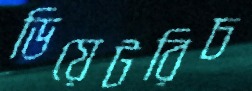
ডিয়েটরিচ